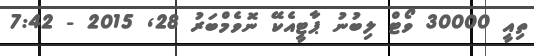
ތިއީ 30000 ވޯޓް ލިބުނު ޕާޓީއެކޭ ނޮވެމްބަރު 28